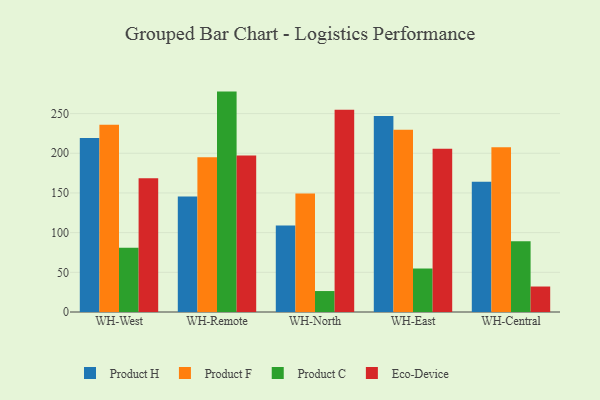
{"axis": {"x": "Warehouse", "y": "Shipments"}, "legend": ["Eco-Device", "Product C", "Product F", "Product H"], "data": [{"x": "WH-West", "y": 219.1, "type": "Product H"}, {"x": "WH-West", "y": 235.8, "type": "Product F"}, {"x": "WH-West", "y": 80.9, "type": "Product C"}, {"x": "WH-West", "y": 168.4, "type": "Eco-Device"}, {"x": "WH-Remote", "y": 145.4, "type": "Product H"}, {"x": "WH-Remote", "y": 195.1, "type": "Product F"}, {"x": "WH-Remote", "y": 277.7, "type": "Product C"}, {"x": "WH-Remote", "y": 197.2, "type": "Eco-Device"}, {"x": "WH-North", "y": 109.0, "type": "Product H"}, {"x": "WH-North", "y": 149.3, "type": "Product F"}, {"x": "WH-North", "y": 26.4, "type": "Product C"}, {"x": "WH-North", "y": 254.9, "type": "Eco-Device"}, {"x": "WH-East", "y": 247.1, "type": "Product H"}, {"x": "WH-East", "y": 229.7, "type": "Product F"}, {"x": "WH-East", "y": 54.8, "type": "Product C"}, {"x": "WH-East", "y": 205.6, "type": "Eco-Device"}, {"x": "WH-Central", "y": 164.0, "type": "Product H"}, {"x": "WH-Central", "y": 207.5, "type": "Product F"}, {"x": "WH-Central", "y": 89.3, "type": "Product C"}, {"x": "WH-Central", "y": 32.1, "type": "Eco-Device"}]}